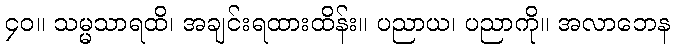
၄၀။ သမ္မသာရထိ၊ အချင်းရထားထိန်း။ ပညာယ၊ ပညာကို။ အလာဘေန